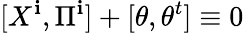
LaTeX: [X^{\mathbf{i}},\Pi^{\mathbf{i}}]+[\theta,\theta^{t}]\equiv0